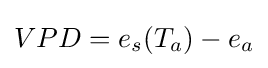
VPD=e_{s}(T_{a})-e_{a}